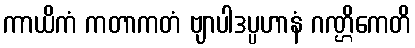
ကာယိကံ ကတာကတံ ဗျာပါဒပ္ပဟာနံ ဂဏ္ဌိကေတိ